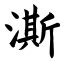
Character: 澌